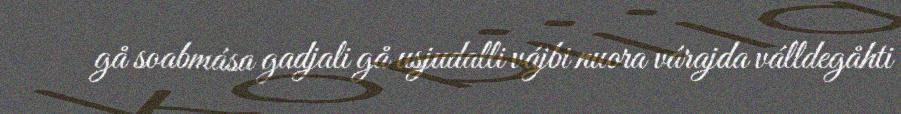
gå soabmása gadjali gå usjudalli vájbi nuora várajda válldegåhti